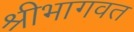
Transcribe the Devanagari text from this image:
श्रीभागवत